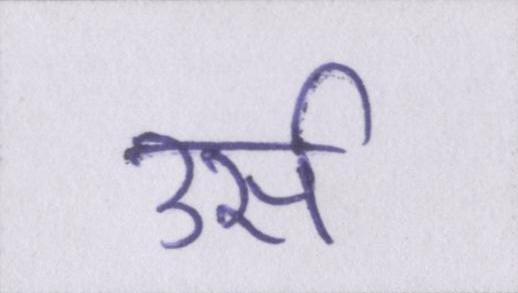
उर्स